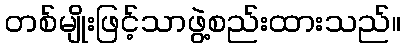
တစ်မျိုးဖြင့်သာဖွဲ့စည်းထားသည်။